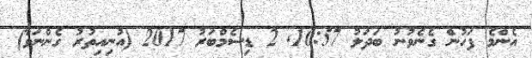
އެންމެ ފަހުން ގެނެވުނު ބަދަލު 10:57